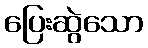
ပြေးဆွဲသော